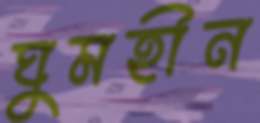
ঘুমহীন